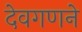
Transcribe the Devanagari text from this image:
देवगणने